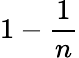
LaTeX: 1-{\frac{1}{n}}